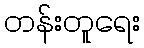
တန်းတူရေး